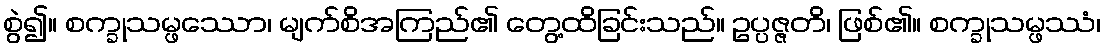
စွဲ၍။ စက္ခုသမ္ဖဿော၊ မျက်စိအကြည်၏ တွေ့ထိခြင်းသည်။ ဥပ္ပဇ္ဇတိ၊ ဖြစ်၏။ စက္ခုသမ္ဖဿံ၊